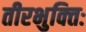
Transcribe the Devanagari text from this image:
तीरभुक्‍तिः